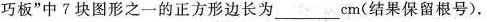
巧板”中 7 块图形之一的正方形边长为___ cm(结果保留根号).